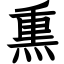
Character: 𤋱